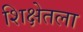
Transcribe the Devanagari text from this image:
शिक्षेतला